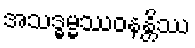
အသဒ္ဓမ္မဿဝနန္တိဿ